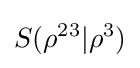
S(\rho ^{23}|\rho ^{3})